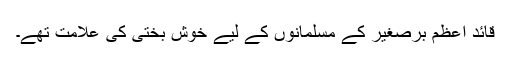
قائدِ اعظم برصغیر کے مسلمانوں کے لیے خوش بختی کی علامت تھے۔